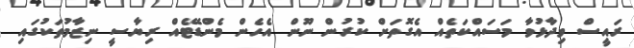
ރައީސް ވިދާޅުވާ މަސައްކަތެއް އެގޮތަށް ކުރުން ނޫން އެހެން މެންޑޭޓެއް ރިޔާސީ ނިޒާމުތަކުގައި